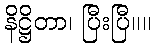
နိဋ္ဌိတာ၊ ပြီးပြီ။။